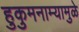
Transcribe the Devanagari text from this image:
हुकुमनाम्यामुळे